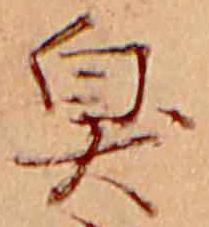
臭